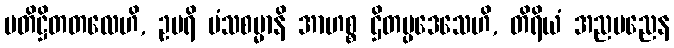
ပတိဋ္ဌိတတလေဟိ, ဥပရိ မံသစမ္မာနိ အာဟစ္စ ဌိတပ္ပဒေသေဟိ, တိရိယံ အညမညေန